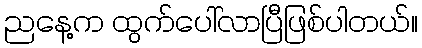
ညနေ့က ထွက်ပေါ်လာပြီဖြစ်ပါတယ်။